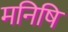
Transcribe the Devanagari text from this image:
मनिषि